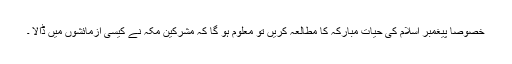
خصوصاً پیغمبر اسلام کی حیات مبارکہ کا مطالعہ کریں تو معلوم ہو گا کہ مشرکین مکہ نے کیسی آزمائشوں میں ڈالا ۔